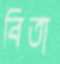
বিতা